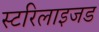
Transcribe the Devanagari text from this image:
स्टरिलाइजड